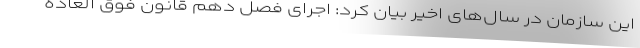
این سازمان در سال‌های اخیر بیان کرد: اجرای فصل دهم قانون فوق العاده